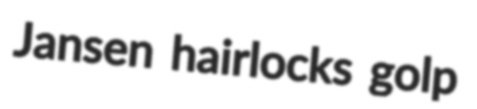
Jansen hairlocks golp